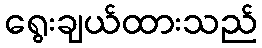
ရွေးချယ်ထားသည်